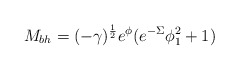
\begin{align*}M_{bh} = (- \gamma)^{\frac{1}{2}}e^{\phi} (e^{- \Sigma} \phi_1^2 + 1)\end{align*}